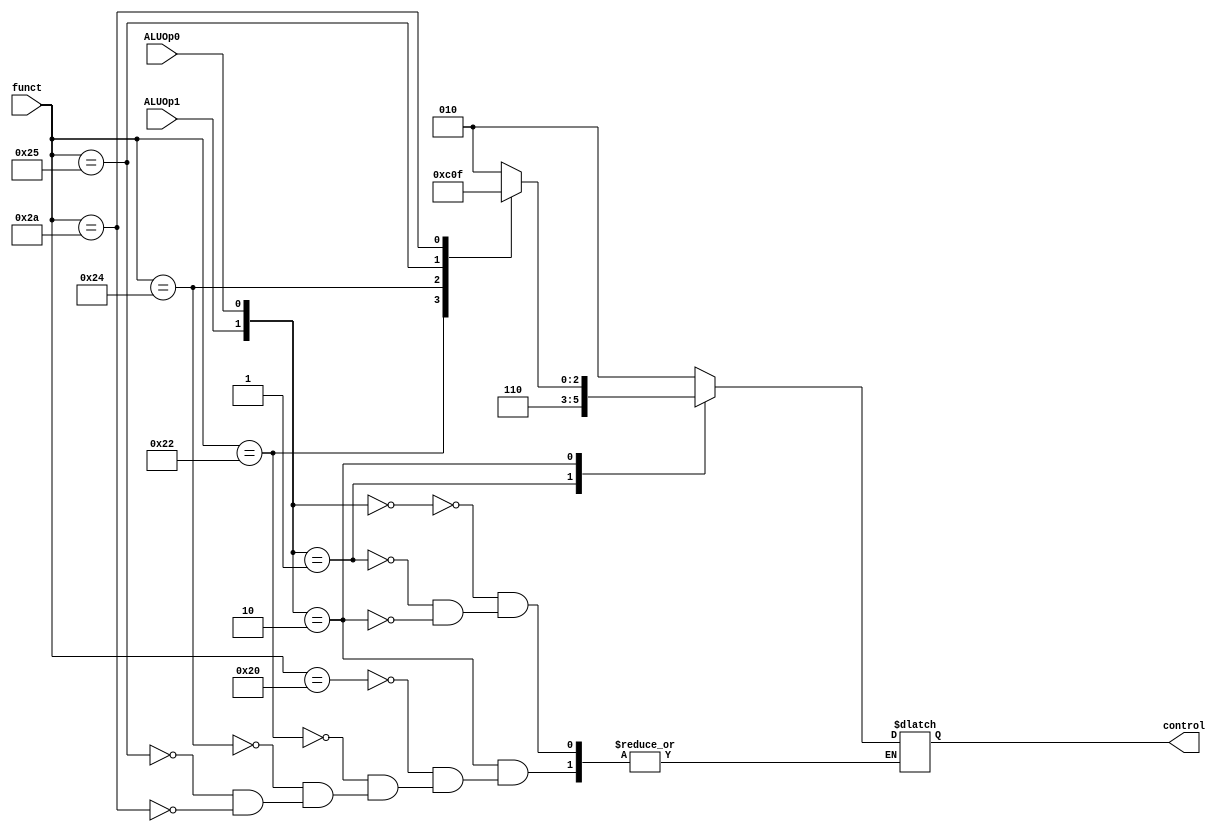
`timescale 1ns / 1ps
//////////////////////////////////////////////////////////////////////////////////
// Company: 
// Engineer: 
// 
// Design Name: 
// Module Name:    alu_control 
// Project Name: 
// Target Devices: 
// Tool versions: 
// Description: 
//
// Dependencies: 
//
// Revision: 
// Revision 0.01 - File Created
// Additional Comments: 
//
//////////////////////////////////////////////////////////////////////////////////
module alu_control(
	input ALUOp1,
	input ALUOp0,
	input [5:0] funct,
	
	output reg [2:0] control
    );
	 
	 wire [1:0] ALUOp = {ALUOp1, ALUOp0};
	 
	 always@(*)
	 begin
		
		case(ALUOp)
			2'b00:
				control <= 3'b010;
				
			2'b01:
				control <= 3'b110;
			
			2'b10:
				case(funct)
					6'b100000:		// add
						control <= 3'b010;
					
					6'b100010:		// sub
						control <= 3'b110;
						
					6'b100100:		// and
						control <= 3'b000;
					
					6'b100101:		// or
						control <= 3'b001;
					
					6'b101010:		// set on less than
						control <= 3'b111;
				endcase
			
//			2'b11:			// don't care
		endcase
		
	 end

endmodule